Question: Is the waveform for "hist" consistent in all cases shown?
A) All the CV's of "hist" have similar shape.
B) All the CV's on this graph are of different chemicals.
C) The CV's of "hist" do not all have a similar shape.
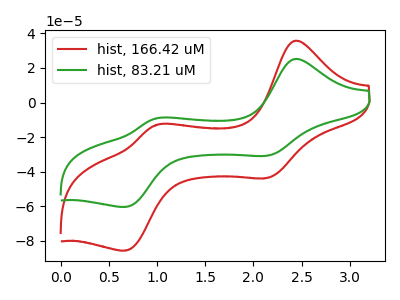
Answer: <think>The red curve "hist, 166.42 uM" has anodic peaks at (2.45V, 35.60uA) (1.00V, -13.10uA) and cathodic peaks at (2.15V, -43.60uA) (0.70V, -85.50uA). The green curve "hist, 83.21 uM" has anodic peaks at (2.45V, 25.10uA) (1.00V, -9.25uA) and cathodic peaks at (2.15V, -30.75uA) (0.70V, -60.30uA).
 All the peaks in "hist, 166.42 uM" have a peak in "hist, 83.21 uM" at the same potential.</think>
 <answer>A) All the CV's of "hist" have similar shape.</answer>
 <eval>A</eval>